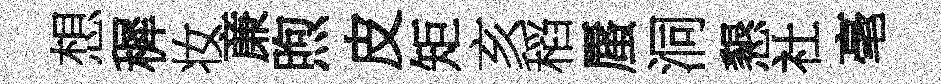
想穉妆亷煦皮矩亥稻蜃洞懇社毫